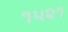
૧૫૨૧